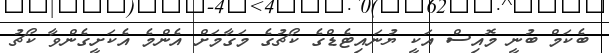
ބެކަމް ބުނީ މޮއިސް އަކީ ޔުނައިޓެޑްގެ ކޯޗުގެ މަގާމަށް އެންމެ އެކަށީގެންވާ ކޯޗު